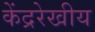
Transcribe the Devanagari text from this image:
केंद्ररेखीय